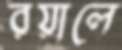
রয়ালে